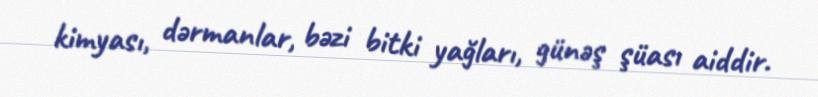
kimyası, dərmanlar, bəzi bitki yağları, günəş şüası aiddir.